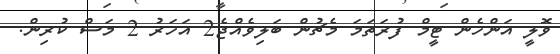
ވޮލީ އަންހެން ޓީމް ފުރަތަމަ މެޗުން ބަލިވެއްޖެ2 އަހަރު 2 މަސް ކުރިން.